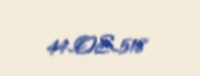
44-OS-518